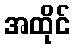
အထိုင်